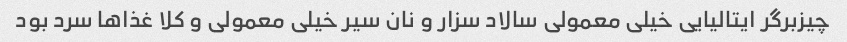
چیزبرگر ایتالیایی خیلی معمولی سالاد سزار و نان سیر خیلی معمولی و کلا غذاها سرد بود